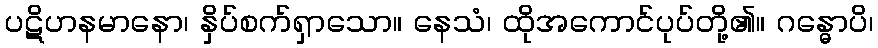
ပဋိဟနမာနော၊ နှိပ်စက်ရှာသော။ နေသံ၊ ထိုအကောင်ပုပ်တို့၏။ ဂန္ဓောပိ၊